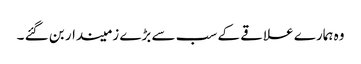
وہ ہمارے علاقے کے سب سے بڑے زمیندار بن گئے ۔